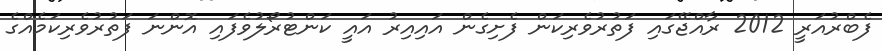
ފެބްރުއަރީ 2012 ރާއްޖޭގައި ފަތުރުވެރިކަން ފެށިގެން އައިއިރު އައީ ކަންޓުރޯލުވެފައި އޮންނަ ފަތުރުވެރިކަމެއްގެ